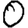
Digit: 0